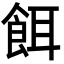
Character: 餌